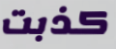
كذبت